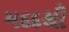
મદદથી